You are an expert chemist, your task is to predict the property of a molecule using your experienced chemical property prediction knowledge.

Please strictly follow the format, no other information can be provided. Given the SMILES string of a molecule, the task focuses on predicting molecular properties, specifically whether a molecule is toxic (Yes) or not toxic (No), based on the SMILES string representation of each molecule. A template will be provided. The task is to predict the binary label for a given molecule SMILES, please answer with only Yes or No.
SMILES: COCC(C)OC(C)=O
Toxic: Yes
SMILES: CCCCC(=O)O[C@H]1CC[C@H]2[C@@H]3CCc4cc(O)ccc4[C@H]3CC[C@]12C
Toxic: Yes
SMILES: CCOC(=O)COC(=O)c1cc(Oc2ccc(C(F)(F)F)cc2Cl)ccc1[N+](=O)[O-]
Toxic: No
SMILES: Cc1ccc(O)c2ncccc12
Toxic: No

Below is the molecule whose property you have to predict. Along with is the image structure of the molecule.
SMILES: CCCN(CCC)N=O
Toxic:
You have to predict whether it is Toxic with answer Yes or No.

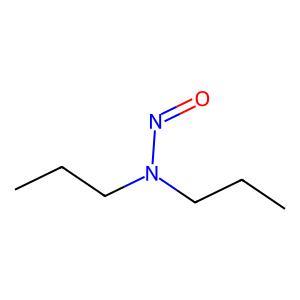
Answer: No